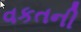
વકતની